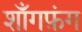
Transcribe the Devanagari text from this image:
शाँगफ़ंग